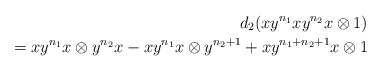
\begin{align*}d_2(xy^{n_1}xy^{n_2}x \otimes 1) \\ = xy^{n_1}x \otimes y^{n_2}x - xy^{n_1}x \otimes y^{n_2+1} + xy^{n_1+n_2+1}x \otimes 1\end{align*}